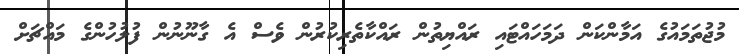
މުޖުތަމައުގެ އަމާންކަން ދަމަހައްޓައި ރައްޔިތުން ރައްކާތެރިކުރުން ވެސް އެ ގާނޫނުން ފުލުހުންގެ މައްޗަށް